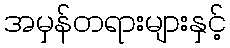
အမှန်တရားများနှင့်